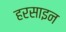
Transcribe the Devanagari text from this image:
हरसाइन